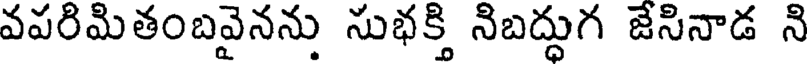
వపరిమితంబవైనను సుభక్తి నిబద్ధుగ జేసినాడ ని